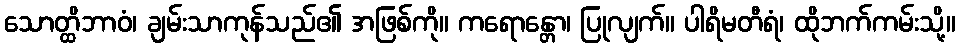
သောတ္ထိဘာဝံ၊ ချမ်းသာကုန်သည်၏ အဖြစ်ကို။ ကရောန္တော၊ ပြုလျက်။ ပါရိမတီရံ၊ ထိုဘက်ကမ်းသို့။